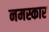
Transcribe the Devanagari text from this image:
नमस्कार